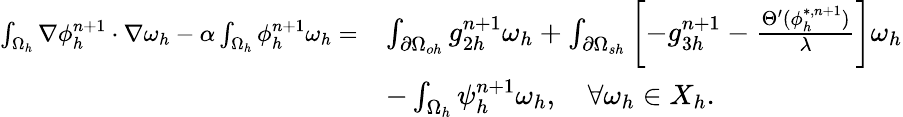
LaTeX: \begin{array}{rl}{\small\int_{\Omega_{h}}\nabla\phi_{h}^{n+1}\cdot\nabla\omega_{h}-\alpha\int_{\Omega_{h}}\phi_{h}^{n+1}\omega_{h}=}&{\int_{\partial\Omega_{oh}}g_{2h}^{n+1}\omega_{h}+\int_{\partial\Omega_{sh}}\left[-g_{3h}^{n+1}-\frac{\Theta^{\prime}(\phi_{h}^{*,n+1})}{\lambda}\right]\omega_{h}}\\ &{-\int_{\Omega_{h}}\psi_{h}^{n+1}\omega_{h},\quad\forall\omega_{h}\in X_{h}.}\end{array}